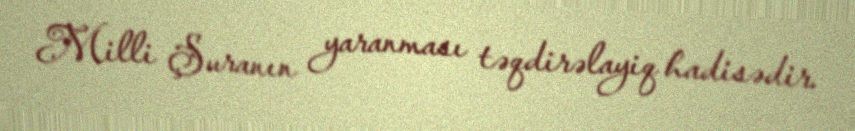
Milli Şuranın yaranması təqdirəlayiq hadisədir.